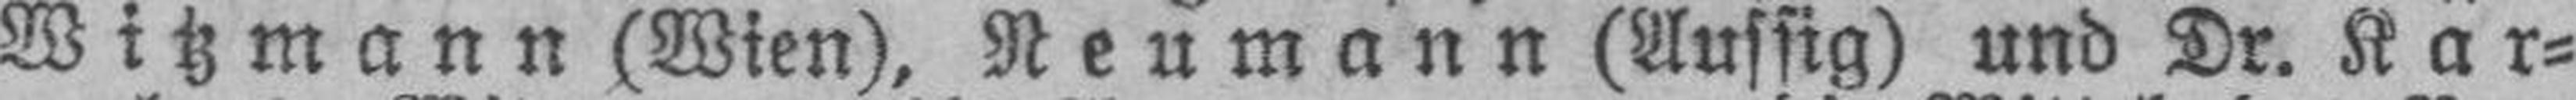
Witzmann (Wien), Neumann (Aussig) und Dr. Kar¬